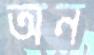
অন